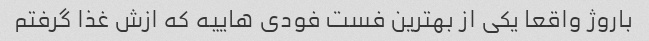
باروژ واقعا یکی از بهترین فست فودی هاییه که ازش غذا گرفتم